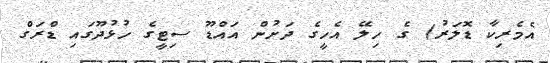
އެމެރިކާ ޑޮލަރު) ގެ ހިލޭ އެހީގެ ދަށުން އައްޑޫ ސިޓީގެ ހުޅުދޫގައި ޑްރަގް